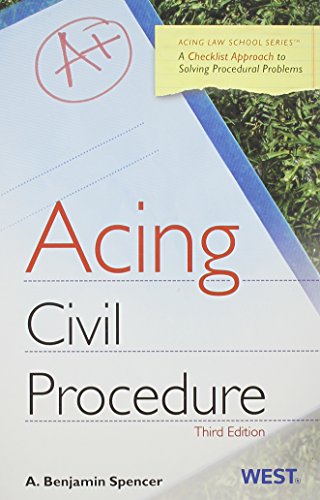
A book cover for Acing Civil Procedure: A Checklist Approach to Solving Procedural Problems (Acing Law School); A. Benjamin Spencer; Law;